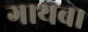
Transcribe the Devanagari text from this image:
गायब।